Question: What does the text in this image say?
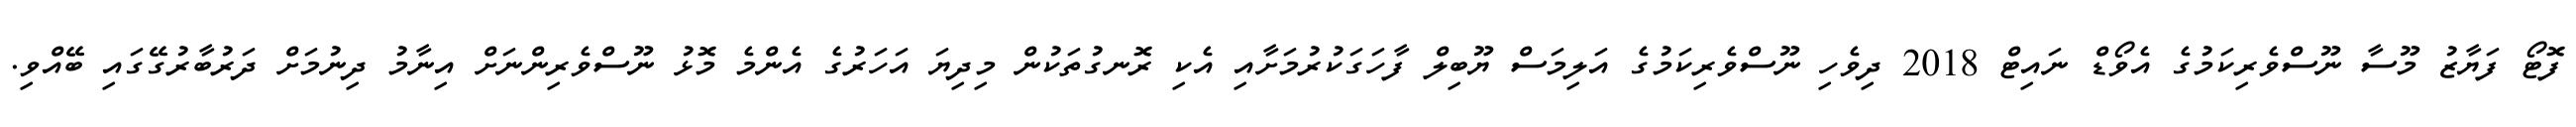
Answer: ފޮޓޯ ފަޔާޒު މޫސާ ނޫސްވެރިކަމުގެ އެވޯޑް ނައިޓް 2018 ދިވެހި ނޫސްވެރިކަމުގެ އަލިމަސް ޔޫބިލް ފާހަގަކުރުމަށާއި އެކި ރޮނގުތަކުން މިދިޔަ އަހަރުގެ އެންމެ މޮޅު ނޫސްވެރިންނަށް އިނާމު ދިނުމަށް ދަރުބާރުގޭގައި ބޭއްވި.